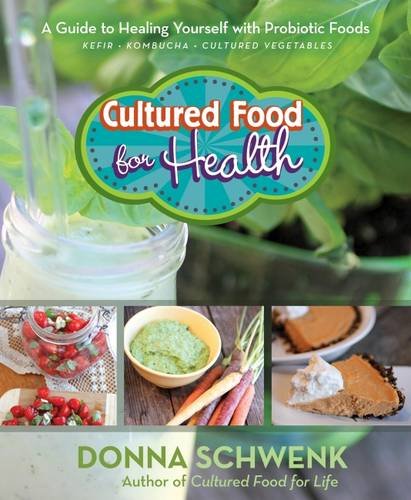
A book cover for Cultured Food for Health: A Guide to Healing Yourself with Probiotic Foods Kefir * Kombucha * Cultured Vegetables; Donna Schwenk; Cookbooks, Food & Wine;